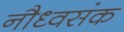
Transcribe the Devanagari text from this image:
नौध्वसंक